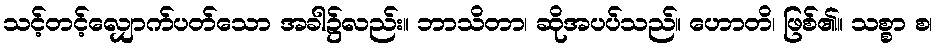
သင့်တင့်လျှောက်ပတ်သော အခါ၌လည်း။ ဘာသိတာ၊ ဆိုအပပ်သည်။ ဟောတိ၊ ဖြစ်၏။ သစ္စာ စ၊